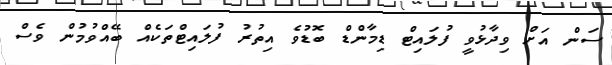
ސަން އަށް ވިދާޅުވީ ފުލައިޓް ޑިމާންޑް ބޮޑުވެ އިތުރު ފުލައިޓްތަކެއް ބޭއްވުމުން ވެސް